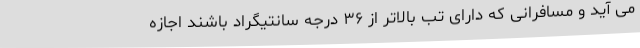
می آید و مسافرانی که دارای تب بالاتر از ۳۶ درجه سانتیگراد باشند اجازه